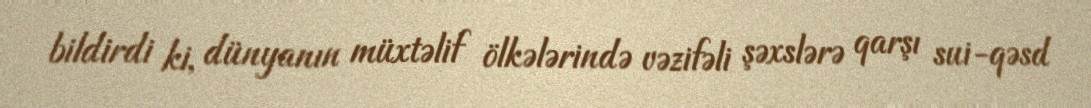
bildirdi ki, dünyanın müxtəlif ölkələrində vəzifəli şəxslərə qarşı sui-qəsd